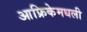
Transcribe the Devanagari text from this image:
आफ्रिकेमधली